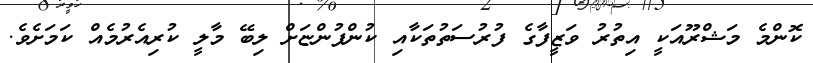
ކޮންމެ މަޝްރޫއަކީ އިތުރު ވަޒީފާގެ ފުރުސަތުތަކާއި ކުންފުންޏަށް ލިބޭ މާލީ ކުރިއެރުމެއް ކަމަށެވެ.